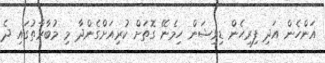
އަންހެން އަދި ފިރިހެން ޑިވިޝަން ހިމެނޭ ގޮތަށް ކުރިއަށްގެންދާ މި މުބާރާތުގައި ދެ